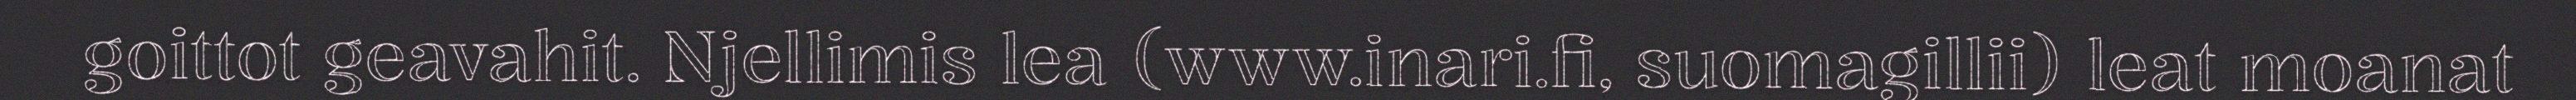
goittot geavahit. Njellimis lea (www.inari.fi, suomagillii) leat moanat